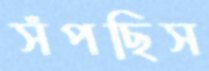
সঁপছিস